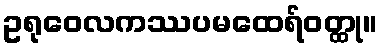
ဥရုဝေလကဿပမထေရ်ဝတ္ထု။